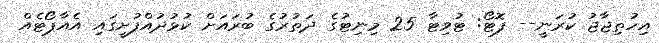
އިހުތިޖާޖު ކުރަނީ-- ފޮޓޯ: ޓުވިޓާ 25 މިނިޓުގެ ދަތުރުގެ ބުރައަަށް ކުޅުދުއްފުށީގައި އެއާޕޯޓެއް